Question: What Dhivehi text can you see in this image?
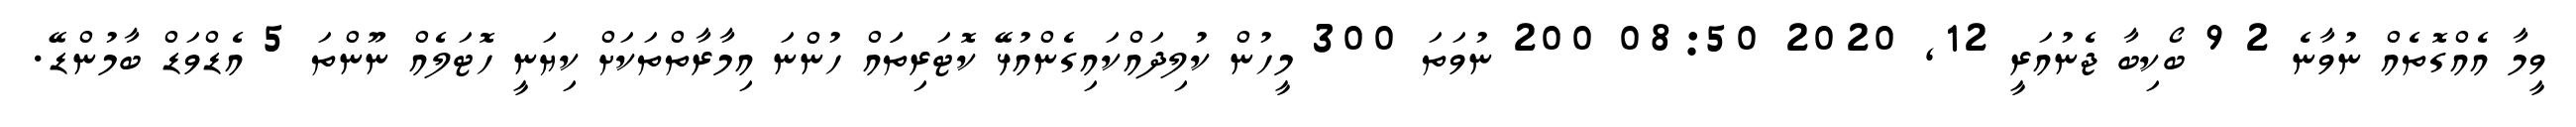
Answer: ވީމާ އެއްގޮތެއް ނުވާނެ 2 9 ބޯކިބާ ޖެނުއަރީ 12, 2020 08:50 200 ނުވަތަ 300 މީހުން ކުލިދައްކައިގެންއުޅޭ ކޮޓަރިތަައް ހުންނަ އިމާރާތްތަކަށް ކިޔަނީ ހޮޓަލެއް ނޫންތަ 5 އެޑްވަޑް ބާމުންޑޭ.